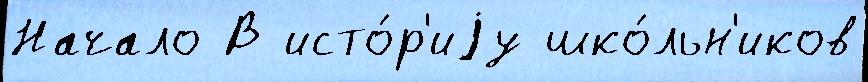
Начало В исто́р'иjу шко́льн'иков